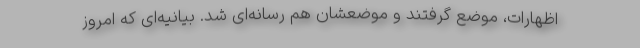
اظهارات، موضع گرفتند و موضعشان هم رسانه‌ای شد. بیانیه‌ای که امروز